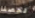
فحصنا